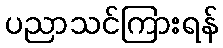
ပညာသင်ကြားရန်